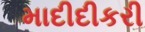
માદીદીકરી